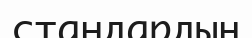
стандардың